Insane asylums in Bengal annual reports 1867-1875 - 1867-1875
Year: 1867
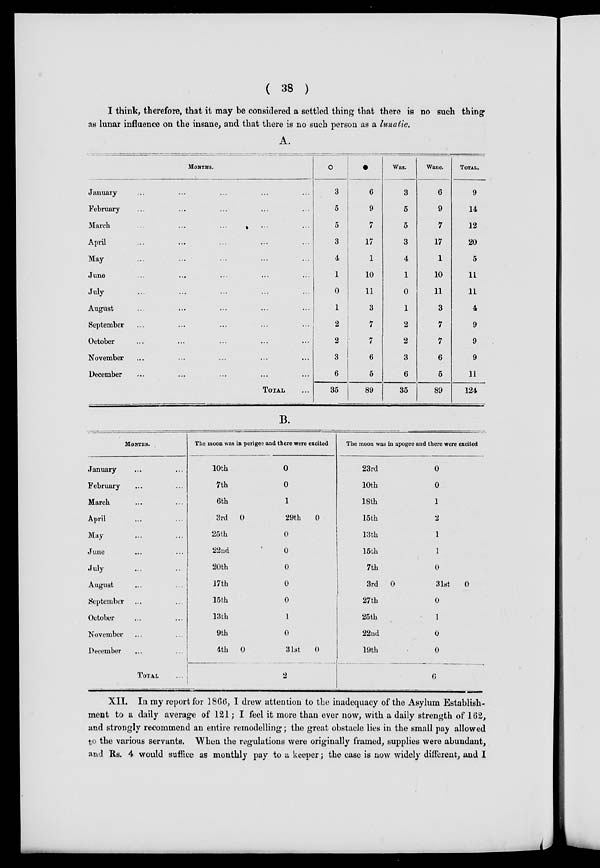
( 38 )
I think, therefore, that it may be considered a settled thing that there is no such thing
as lunar influence on the insane, and that there is no such person as a lunatic.
A.
MONTHS.
January ... ... ... ... ...
February ... ... ... ... ...
March ... ... ... ... ...
April ... ... ... ... ...
May ... ... ... ... ...
June ... ... ... ... ...
July ... ... ... ... ...
August ... ... ... ... ...
September ... ... ... ... ...
October ... ... ... ... ...
November ... ... ... ... ...
December ... ... ... ... ...
TOTAL ...
3
5
5
3
4
1
0
1
2
2
3
6
35
6
9
7
17
1
10
11
3
7
7
6
5
89
Wax.
3
5
5
3
4
1
0
1
2
2
3
6
35
Wane.
6
9
7
17
1
10
11
3
7
7
6
5
89
TOTAL.
9
14
12
20
5
11
11
4
9
9
9
11
124
B.
MONTHS.
January ... ...
February ... ...
March ... ...
April ... ...
May ... ...
June ... ...
July ... ...
August ... ...
September ... ...
October ... ...
November ... ...
December ... ...
TOTAL ...
The moon was in perigee and there were excited
10th
7th
6th
3rd 0
25th
22nd
20th
17th
15th
13th
9th
4th
0
0
0
1
29th
0
0
0
0
0
0
1
0
31st
0
2
The moon was in apogee and there were excited
23rd
10th
18th
15th
13th
15th
7th
3rd 0
27th
25th
22nd
19th
0
0
1
2
1
1
0
31st
0
0
1
0
0
6
XII. In my report for 1866, I drew attention to the inadequacy of the Asylum Establish-
ment to a daily average of 121; I feel it more than ever now, with a daily strength of 162,
and strongly recommend an entire remodelling; the great obstacle lies in the small pay allowed
to the various servants. When the regulations were originally framed, supplies were abundant,
and Rs. 4 would suffice as monthly pay to a keeper; the case is now widely different, and I